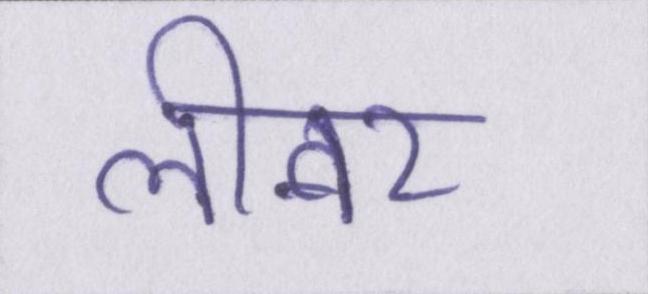
लीवर